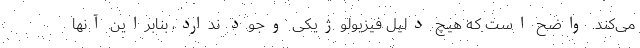
می‌کند. واضح است که هیچ دلیل فیزیولوژیکی وجود ندارد، بنابراین آنها